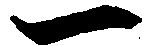
一